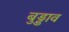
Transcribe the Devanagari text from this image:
बुड्डाव